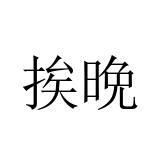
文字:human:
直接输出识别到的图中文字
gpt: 挨晩